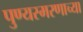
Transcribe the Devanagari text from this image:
पुण्यस्मरणाच्या